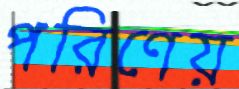
পরিণেয়